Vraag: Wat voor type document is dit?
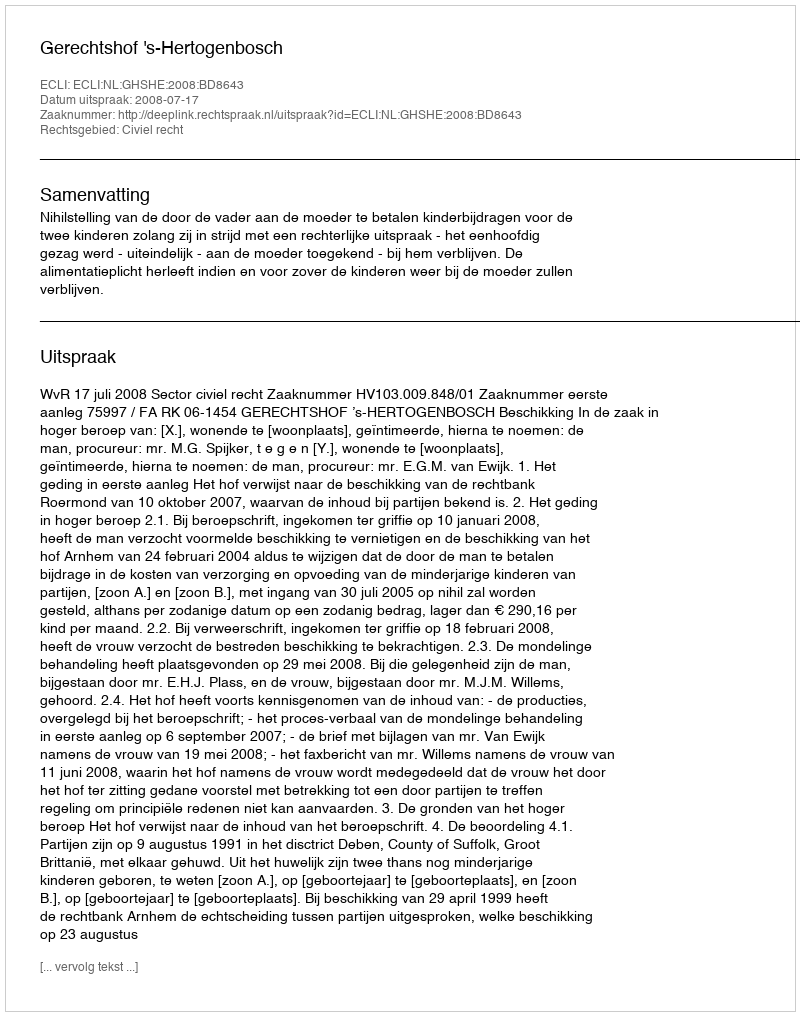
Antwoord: Uitspraak